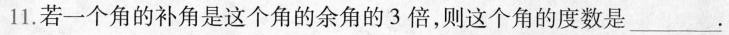
11.若一个角的补角是这个角的余角的3倍，则这个角的度数是___.